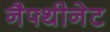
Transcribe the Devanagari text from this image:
नैफ्थीनेट